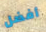
أفضل